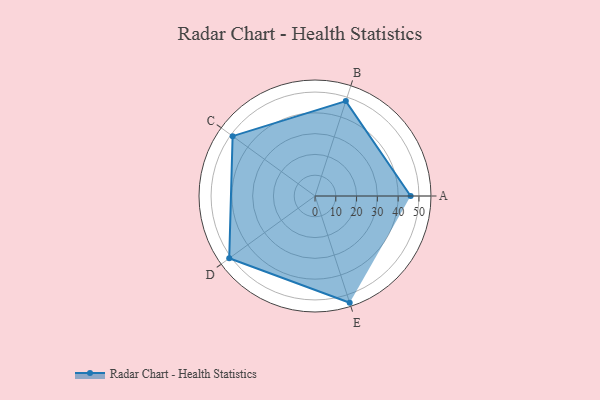
{"axis": {"x": "Skill", "y": "Score"}, "legend": ["Profile"], "data": [{"x": "A", "y": 46.0, "type": "Profile"}, {"x": "B", "y": 48.0, "type": "Profile"}, {"x": "C", "y": 49.0, "type": "Profile"}, {"x": "D", "y": 51.0, "type": "Profile"}, {"x": "E", "y": 54.0, "type": "Profile"}]}